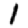
Digit: 1